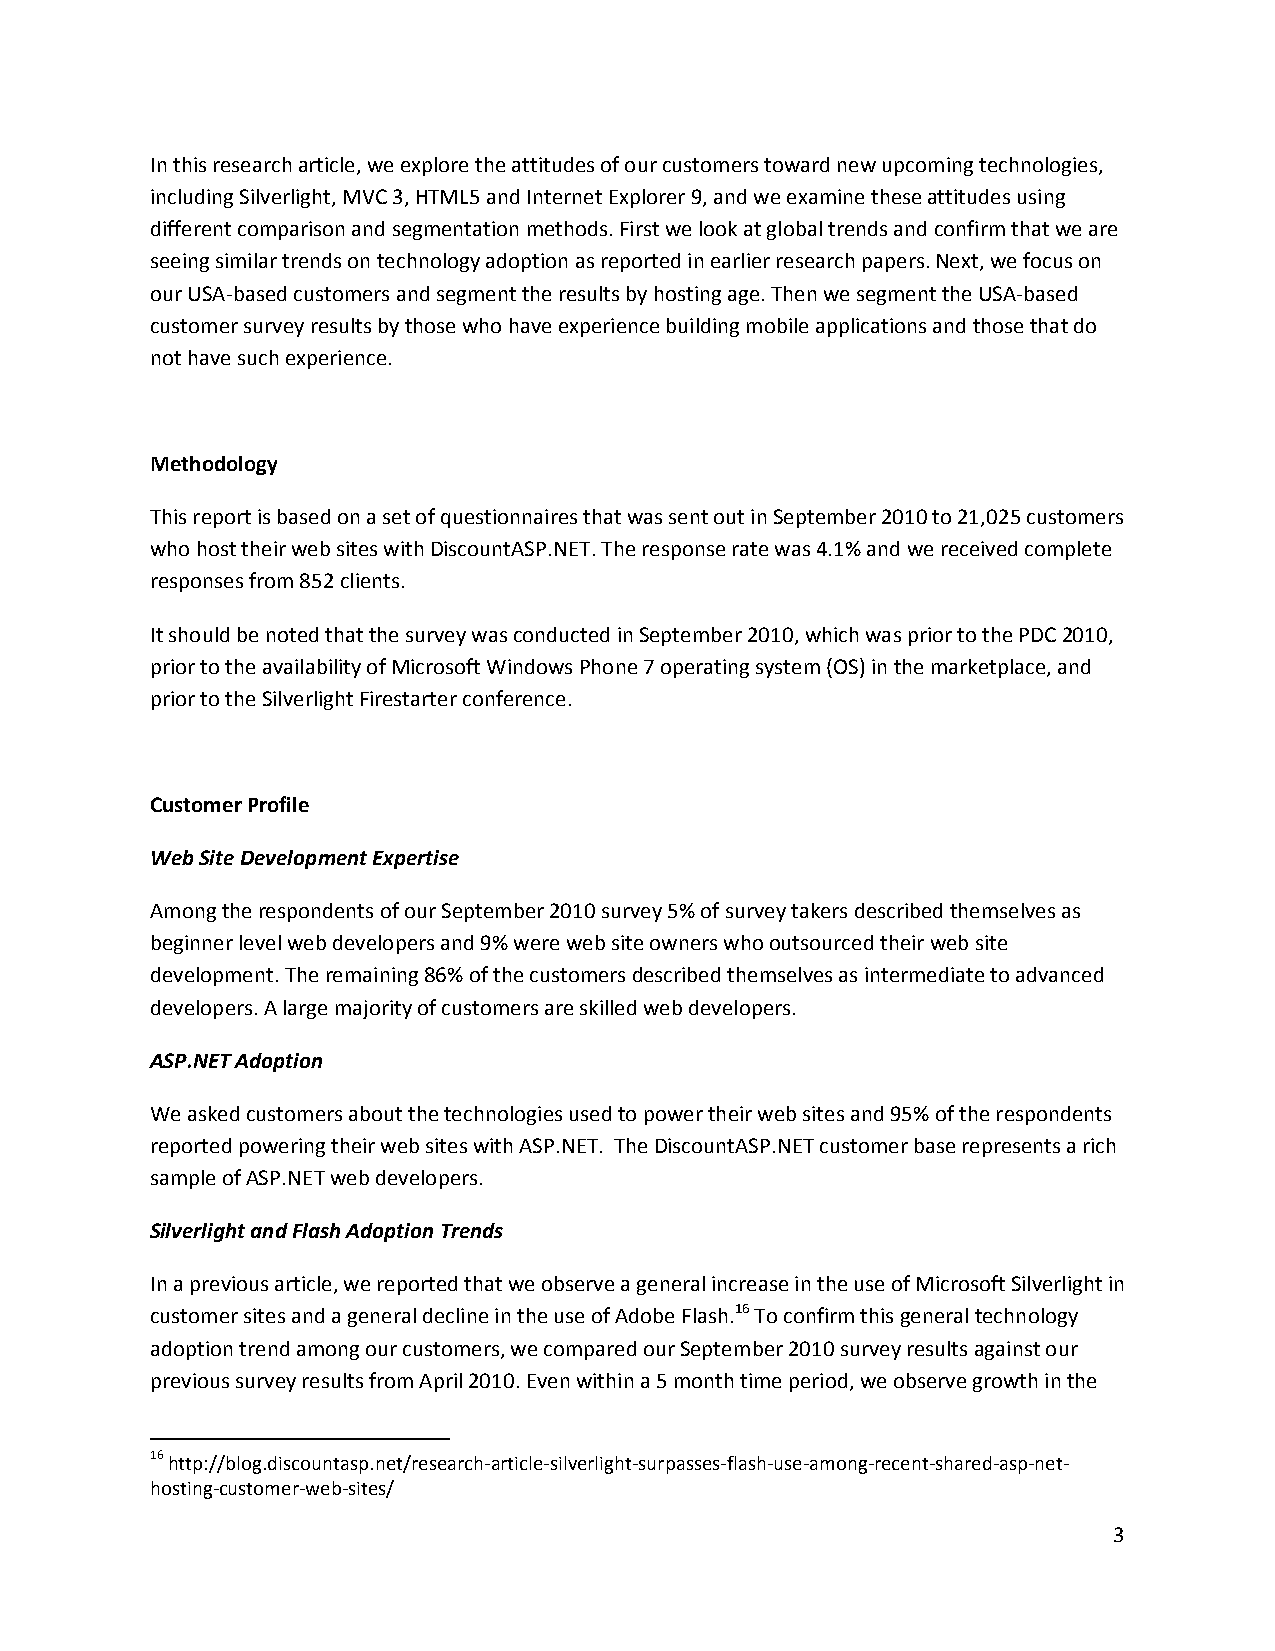
In this research article, we explore the attitudes of our customers toward new upcoming technologies,
 including Silverlight, MVC 3, HTML5 and Internet Explorer 9, and we examine these attitudes using
 different comparison and segmentation methods. First we look at global trends and confirm that we are
 seeing similar trends on technology adoption as reported in earlier research papers. Next, we focus on
 our USA‐based customers and segment the results by hosting age. Then we segment the USA‐based
 customer survey results by those who have experience building mobile applications and those that do
 not have such experience.
 Methodology
 This report is based on a set of questionnaires that was sent out in September 2010 to 21,025 customers
 who host their web sites with DiscountASP.NET. The response rate was 4.1% and we received complete
 responses from 852 clients.
 It should be noted that the survey was conducted in September 2010, which was prior to the PDC 2010,
 prior to the availability of Microsoft Windows Phone 7 operating system (OS) in the marketplace, and
 prior to the Silverlight Firestarter conference.
 Customer Profile
 Web Site Development Expertise
 Among the respondents of our September 2010 survey 5% of survey takers described themselves as
 beginner level web developers and 9% were web site owners who outsourced their web site
 development. The remaining 86% of the customers described themselves as intermediate to advanced
 developers. A large majority of customers are skilled web developers.
 ASP.NET Adoption
 We asked customers about the technologies used to power their web sites and 95% of the respondents
 reported powering their web sites with ASP.NET. The DiscountASP.NET customer base represents a rich
 sample of ASP.NET web developers.
 Silverlight and Flash Adoption Trends
 In a previous article, we reported that we observe a general increase in the use of Microsoft Silverlight in
 customer sites and a general decline in the use of Adobe Flash.16 To confirm this general technology
 adoption trend among our customers, we compared our September 2010 survey results against our
 previous survey results from April 2010. Even within a 5 month time period, we observe growth in the
 16 http://blog.discountasp.net/research‐article‐silverlight‐surpasses‐flash‐use‐among‐recent‐shared‐asp‐net‐
 hosting‐customer‐web‐sites/
 3